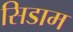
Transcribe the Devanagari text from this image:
सिडाम